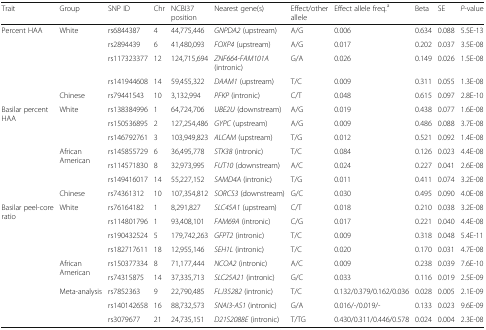
<table><thead><tr><td><b>Trait</b></td><td><b>Group</b></td><td><b>SNP ID</b></td><td><b>Chr</b></td><td><b>NCBI37 position</b></td><td><b>Nearest gene(s)</b></td><td><b>Effect/other allele</b></td><td><b>Effect allele freq.<sup>a</sup></b></td><td><b>Beta</b></td><td><b>SE</b></td><td><b><i>P</i>-value</b></td></tr></thead><tbody><tr><td rowspan="5">Percent HAA</td><td rowspan="4">White</td><td>rs6844387</td><td>4</td><td>44,775,446</td><td><i>GNPDA2</i> (upstream)</td><td>A/G</td><td>0.006</td><td>0.634</td><td>0.088</td><td>5.5E-13</td></tr><tr><td>rs2894439</td><td>6</td><td>41,480,093</td><td><i>FOXP4</i> (upstream)</td><td>A/G</td><td>0.017</td><td>0.202</td><td>0.037</td><td>3.5E-08</td></tr><tr><td>rs117323377</td><td>12</td><td>124,715,694</td><td><i>ZNF664-FAM101A</i> (intronic)</td><td>G/A</td><td>0.026</td><td>0.149</td><td>0.026</td><td>1.5E-08</td></tr><tr><td>rs141944608</td><td>14</td><td>59,455,322</td><td><i>DAAM1</i> (upstream)</td><td>T/C</td><td>0.009</td><td>0.311</td><td>0.055</td><td>1.3E-08</td></tr><tr><td>Chinese</td><td>rs79441543</td><td>10</td><td>3,132,994</td><td><i>PFKP</i> (intronic)</td><td>C/T</td><td>0.048</td><td>0.615</td><td>0.097</td><td>2.8E-10</td></tr><tr><td rowspan="7">Basilar percent HAA</td><td rowspan="3">White</td><td>rs138384996</td><td>1</td><td>64,724,706</td><td><i>UBE2U</i> (downstream)</td><td>A/G</td><td>0.019</td><td>0.438</td><td>0.077</td><td>1.6E-08</td></tr><tr><td>rs150536895</td><td>2</td><td>127,254,486</td><td><i>GYPC</i> (upstream)</td><td>A/G</td><td>0.009</td><td>0.486</td><td>0.088</td><td>3.7E-08</td></tr><tr><td>rs146792761</td><td>3</td><td>103,949,823</td><td><i>ALCAM</i> (upstream)</td><td>T/G</td><td>0.012</td><td>0.521</td><td>0.092</td><td>1.4E-08</td></tr><tr><td rowspan="3">AfricanAmerican</td><td>rs145855729</td><td>6</td><td>36,495,778</td><td><i>STK38</i> (intronic)</td><td>T/C</td><td>0.084</td><td>0.126</td><td>0.023</td><td>4.4E-08</td></tr><tr><td>rs114571830</td><td>8</td><td>32,973,995</td><td><i>FUT10</i> (downstream)</td><td>A/C</td><td>0.024</td><td>0.227</td><td>0.041</td><td>2.6E-08</td></tr><tr><td>rs149416017</td><td>14</td><td>55,227,152</td><td><i>SAMD4A</i> (intronic)</td><td>T/G</td><td>0.011</td><td>0.411</td><td>0.074</td><td>3.2E-08</td></tr><tr><td>Chinese</td><td>rs74361312</td><td>10</td><td>107,354,812</td><td><i>SORCS3</i> (downstream)</td><td>G/C</td><td>0.030</td><td>0.495</td><td>0.090</td><td>4.0E-08</td></tr><tr><td rowspan="9">Basilar peel-core ratio</td><td rowspan="4">White</td><td>rs76164182</td><td>1</td><td>8,291,827</td><td><i>SLC45A1</i> (upstream)</td><td>C/T</td><td>0.018</td><td>0.210</td><td>0.038</td><td>3.2E-08</td></tr><tr><td>rs114801796</td><td>1</td><td>93,408,101</td><td><i>FAM69A</i> (intronic)</td><td>C/G</td><td>0.017</td><td>0.221</td><td>0.040</td><td>4.4E-08</td></tr><tr><td>rs190432524</td><td>5</td><td>179,742,263</td><td><i>GFPT2</i> (intronic)</td><td>T/C</td><td>0.009</td><td>0.318</td><td>0.048</td><td>5.4E-11</td></tr><tr><td>rs182717611</td><td>18</td><td>12,955,146</td><td><i>SEH1L</i> (intronic)</td><td>T/C</td><td>0.020</td><td>0.170</td><td>0.031</td><td>4.7E-08</td></tr><tr><td rowspan="2">AfricanAmerican</td><td>rs150377334</td><td>8</td><td>71,177,444</td><td><i>NCOA2</i> (intronic)</td><td>A/C</td><td>0.009</td><td>0.238</td><td>0.039</td><td>7.6E-10</td></tr><tr><td>rs74315875</td><td>14</td><td>37,335,713</td><td><i>SLC25A21</i> (intronic)</td><td>G/C</td><td>0.033</td><td>0.116</td><td>0.019</td><td>2.5E-09</td></tr><tr><td rowspan="3">Meta-analysis</td><td>rs7852363</td><td>9</td><td>22,790,485</td><td><i>FLJ35282</i> (intronic)</td><td>T/C</td><td>0.132/0.379/0.162/0.036</td><td>0.028</td><td>0.005</td><td>2.1E-09</td></tr><tr><td>rs140142658</td><td>16</td><td>88,732,573</td><td><i>SNAI3-AS1</i> (intronic)</td><td>G/A</td><td>0.016/-/0.019/-</td><td>0.133</td><td>0.023</td><td>9.6E-09</td></tr><tr><td>rs3079677</td><td>21</td><td>24,735,151</td><td><i>D21S2088E</i> (intronic)</td><td>T/TG</td><td>0.430/0.311/0.446/0.578</td><td>0.024</td><td>0.004</td><td>2.3E-08</td></tr></tbody></table>